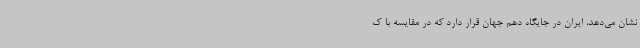
نشان می‌دهد، ایران در جایگاه دهم جهان قرار دارد که در مقایسه با ک